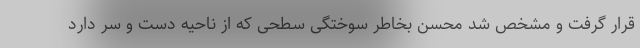
قرار گرفت و مشخص شد محسن بخاطر سوختگی سطحی که از ناحیه دست و سر دارد